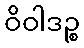
ဝိဝါဒဉ္စ